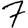
Digit: 7